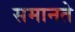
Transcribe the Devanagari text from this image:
समानते